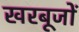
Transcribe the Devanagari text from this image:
खरबूजों